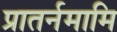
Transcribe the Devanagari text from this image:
प्रातर्नमामि